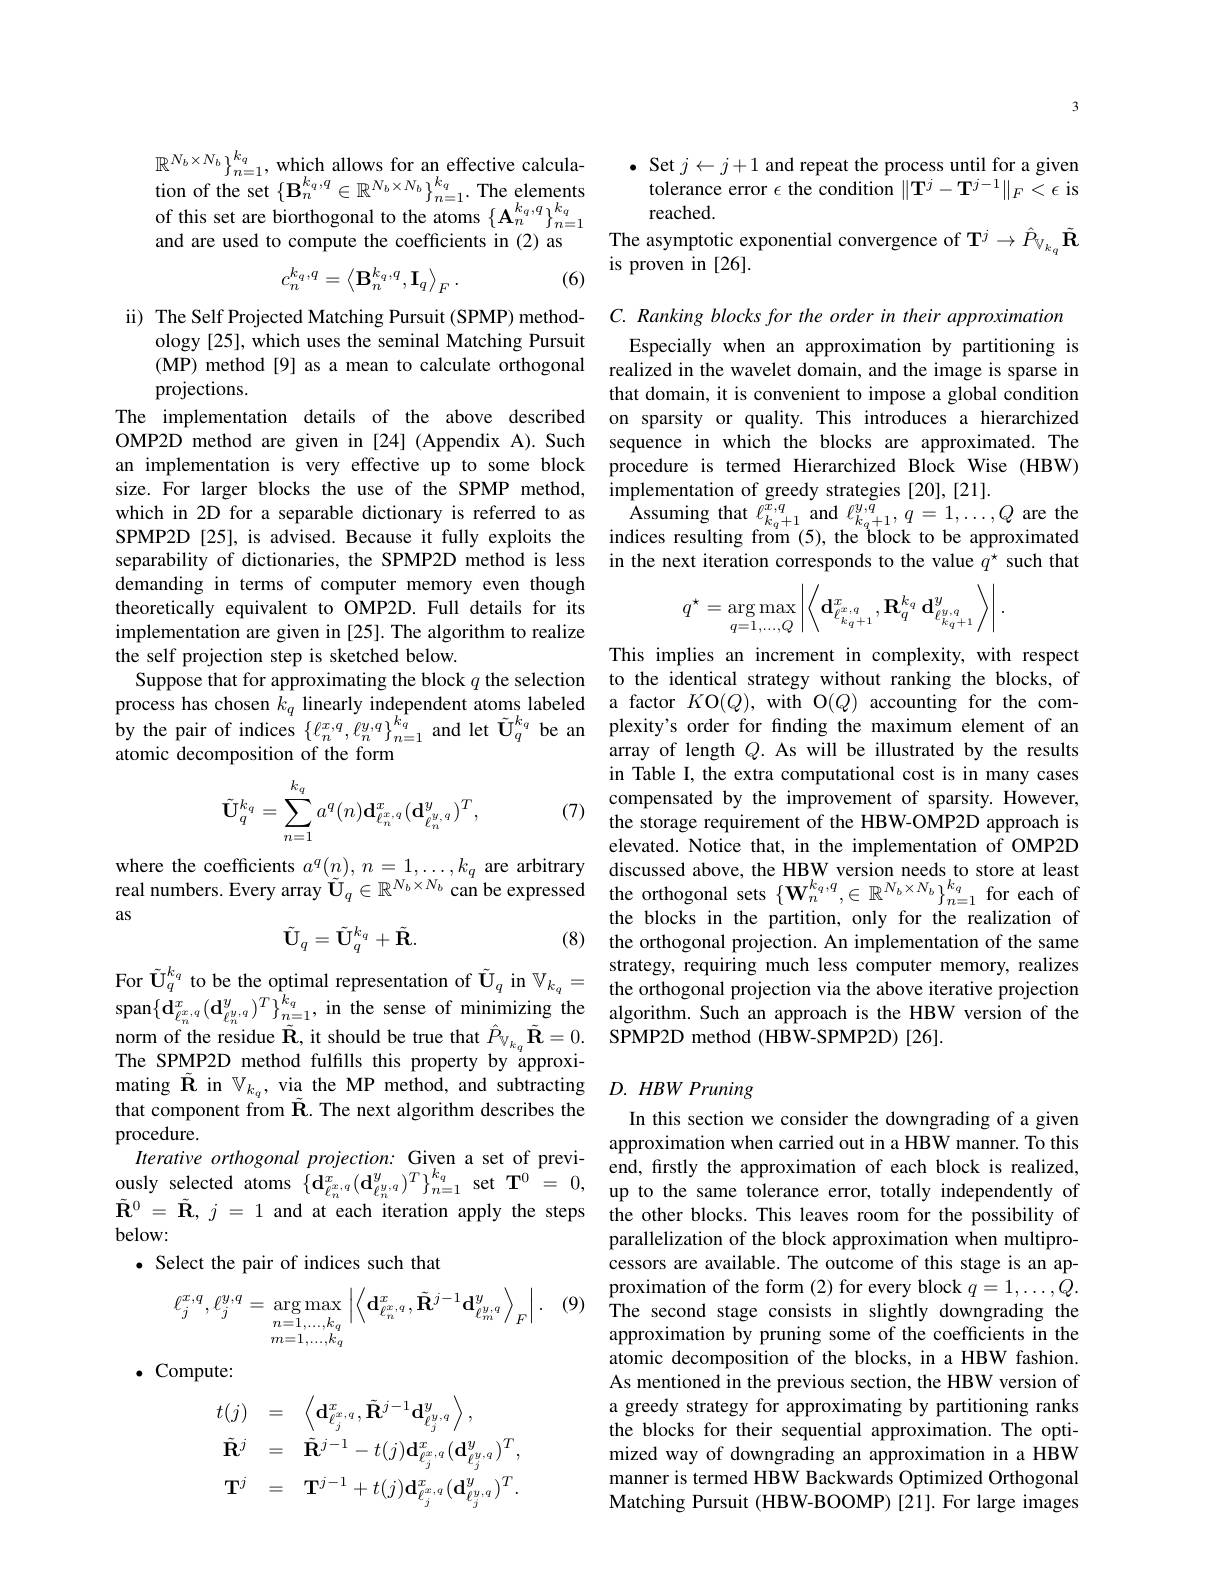
$\mathbb{R}^{N_{b}\times N_{b}}\}_{n=1}^{k_{q}}$, which allows for an effective calcula- $\begin{array}{l}{\text{tion of the set}}\left\{\mathbf{B}_{n}^{k_{q},q}\in\mathbb{R}^{N_{b}\times N_{b}}\right\}_{n=1}^{k_{q}}.\textsf{The elements}\\{\text{of this set are biorthogonal to the atoms}}\left\{\mathbf{A}_{n}^{k_{q},q}\right\}_{n=1}^{k_{q}}\\{\text{ond on und to ond tho onff ointo in }(2)}\end{array}$ and are used to compute the coefficients in (2) as
$$c_n^{k_q,q}=\left\langle\mathbf{B}_n^{k_q,q},\mathbf{I}_q\right\rangle_F.$$
(6)

ii) The Self Projected Matching Pursuit (SPMP) method-
ology [25], which uses the seminal Matching Pursuit
projections.
size. For larger blocks the use of the SPMP method, which in 2D for a separable dictionary is referred to as SPMP2D [25], is advised. Because it fully exploits the demanding in terms of computer memory even though theoretically equivalent to OMP2D. Full details for its implementation are given in [25]. The algorithm to realize the self projection step is sketched below.
Suppose that for approximating the block $q$ the selection to the identical strategy without ranking the blocks, of process has chosen $k_q$ linearly independent atoms labeled a factor $K\mathcal{O}(Q)$, with O$(Q)$ accounting for the comby the pair of indices $\{\ell_n^{x,q},\ell_n^{y,q}\}_{n=1}^{k_q}$ and let $\tilde{\mathbf{U}}_q^{k_q}$ be an plexity's order for finding the maximum element of an atomic decomposition of the
$$\tilde{\mathbf{U}}_q^{k_q}=\sum_{n=1}^{k_q}a^q(n)\mathbf{d}_{\ell_n^{x,q}}^x(\mathbf{d}_{\ell_n^{y,q}}^y)^T,$$
as
$$\tilde{\mathbf{U}}_q=\tilde{\mathbf{U}}_q^{k_q}+\tilde{\mathbf{R}}.$$
that component from $\tilde{\mathbf{R}}.$
procedure.
Iterative orthogonal projection: Given a set of previ- end, firstly the approximation of each block is realized,ously selected atoms $\left \{ \mathbf{d} _{\ell _{n}^{x, q}}^{x}( \mathbf{d} _{\ell _{n}^{y, q}}^{y}) ^{T}\right \} _{n= 1}^{k_q}\sec \mathbf{T} ^{0}= 0$, up to the same tolerance error, totally in $\tilde{\mathbf{R}}^0=\tilde{\mathbf{R}},j=1$ and at each iteration apply the steps the other blocks.This leaves room for the possibility of below:
· Select the pair of indices

(9)
$$\ell_j^{x,q},\ell_j^{y,q}=\underset{m=1,\ldots,k_q}{\underset{m=1,\ldots,k_q}{\operatorname*{\arg\max}}}\left|\left\langle\mathbf{d}_{\ell_n^{x,q}}^x,\tilde{\mathbf{R}}^{j-1}\mathbf{d}_{\ell_m^{y,q}}^y\right\rangle_F\right|.$$
. Compute:
$$\begin{aligned}&t(j)=\quad\left\langle\mathbf{d}_{\ell_{j}^{x,\:q}}^{x},\tilde{\mathbf{R}}^{j-1}\mathbf{d}_{\ell_{j}^{y,\:q}}^{y}\right\rangle,\\&\tilde{\mathbf{R}}^{j}=\quad\tilde{\mathbf{R}}^{j-1}-t(j)\mathbf{d}_{\ell_{j}^{x,\:q}}^{x}(\mathbf{d}_{\ell_{j}^{y,\:q}}^{y})^{T},\\&\mathbf{T}^{j}=\quad\mathbf{T}^{j-1}+t(j)\mathbf{d}_{\ell_{j}^{x,\:q}}^{x}(\mathbf{d}_{\ell_{j}^{y,\:q}}^{y})^{T}.\end{aligned}$$
3

$\bullet$ Set $j\leftarrow j+1$ and repeat t
tolerance error $\epsilon$ the condition $\|\mathbf{T}^j-\mathbf{T}^{j-1}\|_F<\epsilon$ is
reached.

The asymptotic exponential convergence of $\mathbf{T}^j\to\hat{P}_{\mathbb{V}_k_q}\tilde{\mathbf{R}}$
is proven in [26].

$C. \textit{ Ranking blocks for the order in their approximation}$
Especially when an approximation by partitioning is
(MP) method[9] as a mean to calculate orthogonal realized in the wavelet domain, and the image is sparse in
that domain, it is convenient to impose a global condition
The implementation details of the above described on sparsity or quality. This introduces a hierarchized OMP2D method are given in [24] (Appendix A). Such sequence in which the blocks are approximated. The an implementation is very effective up to some block procedure is termed Hierarchized Block Wise (HBW)
implementation of greedy strategies [20],[21].
Assuming that $\ell _{k_{q}+ 1}^{x, q}$ and $\ell _{k_{q}+ 1}^{y, q}$, $q= 1, \ldots , Q$ are the indices resulting from (5), the block to be approximated
separability of dictionaries, the SPMP2D method is less in the next iteration corresponds to the value $q^{\star}$ such that
$$q^{\star}=\arg\max_{q=1,\ldots,Q}\left|\left\langle\mathbf{d}_{\ell_{kq+1}^{x,q}}^{x,q},\mathbf{R}_{q}^{k_{q}}\:\mathbf{d}_{\ell_{kq+1}^{y,q}}^{y}\right\rangle\right|.$$
This implies an increment in complexity, with respect array of length $Q.$ As will be illustrated by the results in Table I, the extra computational cost is in many cases compensated by the improvement of sparsity. However, elevated. Notice that, in the implementation of OMP2D
where the coefficients $a^q($
the blocks in the partition, only for the realization of (8) the orthogonal projection. An implementation of the same
$\begin{array}{cccc}\mathrm{For~\tilde{U}_{q}^{k_{q}}~to~be~the~optimal~representation~of~\tilde{\mathbf{U}}_{q}~in~\mathbb{V}_{k_{q}}=~ \text{strategy,requiring much less computer memory, realizes}\\\mathrm{span}\{\mathbf{d}_{\ell_{n}^{x,q}}^{x}(\mathbf{d}_{\ell_{n}^{y,q}}^{y})^{T}\}_{n=1}^{k_{q}},\mathrm{~in~the~sense~of~minimizing~th}}\end{array}$
norm of the residue $\tilde{\mathbf{R}}$,

# mating $\tilde{\mathbf{R}}$ in $\mathbb{V}_{k_q}$, via the MP method, and subtracting $D.HBW$ Pruning

In this section we consider the downgrading of a given approximation when carried out in a HBW manner. To this parallelization of the block cessors are available. The outcome of this stage is an approximation of the form (2) The second stage consists in slightly downgrading the approximation by pruning som atomic decomposition of the blocks, in a HBW fashion. As mentioned in the previous section, the HBW version of a greedy strategy for approx the blocks for their sequential approximation. The optimized way of downgrading an manner is termed HBW Backwards Optimized Orthogonal Matching Pursuit (HBW-BOOMP) [21].For large images